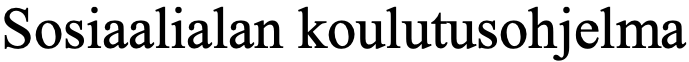
Sosiaalialan koulutusohjelma